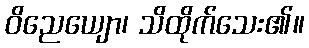
ဝိညေယျော၊ သိထိုက်သေး၏။